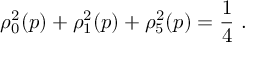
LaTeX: \rho _ { 0 } ^ { 2 } ( p ) + \rho _ { 1 } ^ { 2 } ( p ) + \rho _ { 5 } ^ { 2 } ( p ) = \frac { 1 } { 4 } \ .